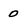
Character: 0